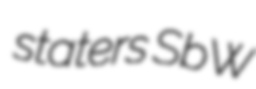
staters SbW